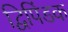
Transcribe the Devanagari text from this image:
द्विपिंडक